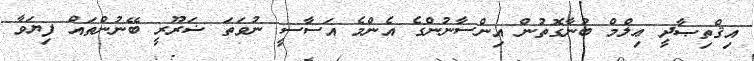
އިޤްތިޞާދީ ޢިލްމް ބުނާގޮތުން އިންސާނުންގެ އެންމެ އަސާސީ ނުވަތަ ޟަރޫރީ ބޭނުންތައް ފިޔަވާ